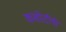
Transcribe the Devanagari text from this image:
कसोटीचे